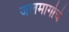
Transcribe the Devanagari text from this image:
जलमार्गाचे